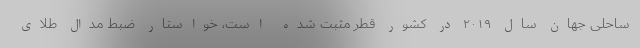
ساحلی جهان سال ۲۰۱۹ در کشور قطر مثبت شده است، خواستار ضبط مدال طلای